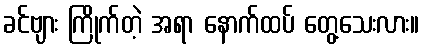
ခင်ဗျား ကြိုက်တဲ့ အရာ နောက်ထပ် တွေ့သေးလား။